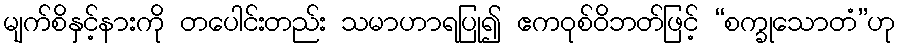
မျက်စိနှင့်နားကို တပေါင်းတည်း သမာဟာရပြု၍ ဧကဝုစ်ဝိဘတ်ဖြင့် “စက္ခုသောတံ”ဟု